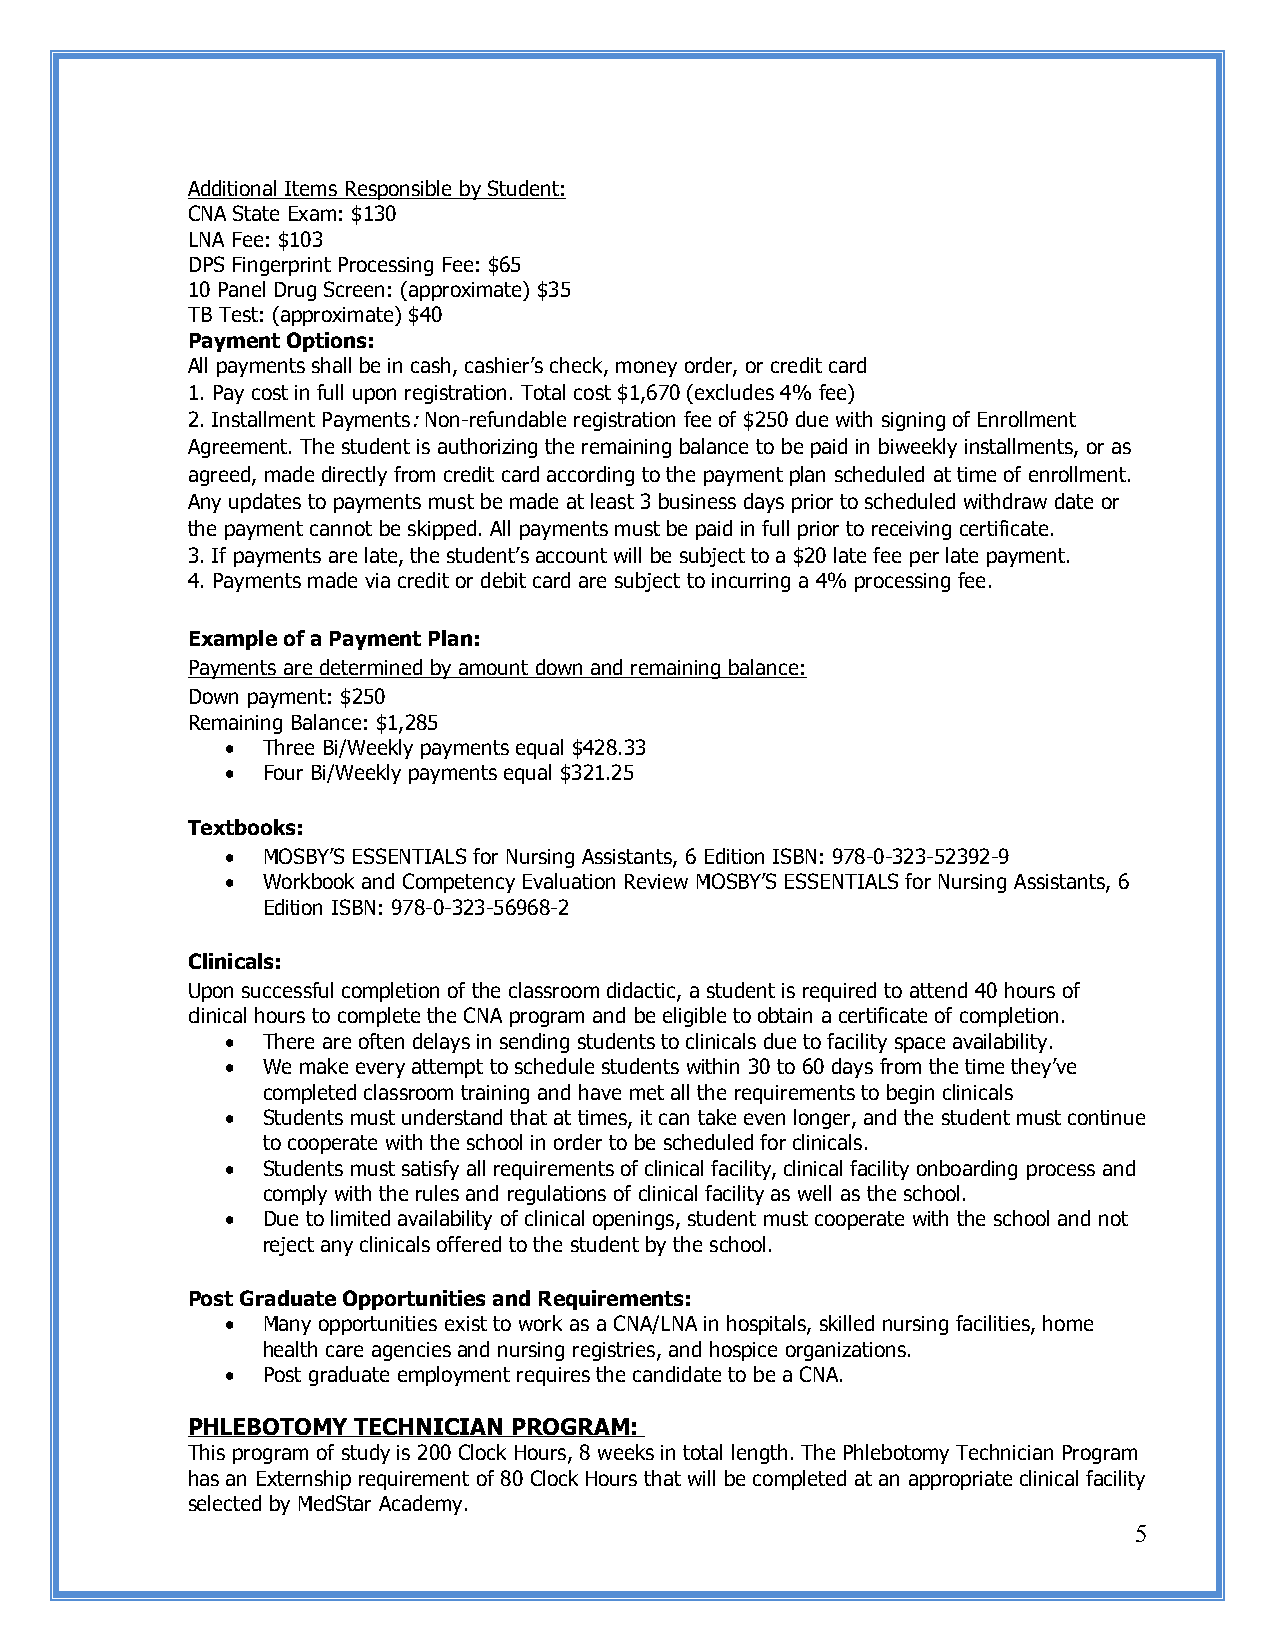
Additional Items Responsible by Student:
 CNA State Exam: $130
 LNA Fee: $103
 DPS Fingerprint Processing Fee: $65
 10 Panel Drug Screen: (approximate) $35
 TB Test: (approximate) $40
 Payment Options:
 All payments shall be in cash, cashier’s check, money order, or credit card
 1. Pay cost in full upon registration. Total cost $1,670 (excludes 4% fee)
 2. Installment Payments: Non-refundable registration fee of $250 due with signing of Enrollment
 Agreement. The student is authorizing the remaining balance to be paid in biweekly installments, or as
 agreed, made directly from credit card according to the payment plan scheduled at time of enrollment.
 Any updates to payments must be made at least 3 business days prior to scheduled withdraw date or
 the payment cannot be skipped. All payments must be paid in full prior to receiving certificate.
 3. If payments are late, the student’s account will be subject to a $20 late fee per late payment.
 4. Payments made via credit or debit card are subject to incurring a 4% processing fee.
 Example of a Payment Plan:
 Payments are determined by amount down and remaining balance:
 Down payment: $250
 Remaining Balance: $1,285
  Three Bi/Weekly payments equal $428.33
  Four Bi/Weekly payments equal $321.25
 Textbooks:
  MOSBY’S ESSENTIALS for Nursing Assistants, 6 Edition ISBN: 978-0-323-52392-9
  Workbook and Competency Evaluation Review MOSBY’S ESSENTIALS for Nursing Assistants, 6
 Edition ISBN: 978-0-323-56968-2
 Clinicals:
 Upon successful completion of the classroom didactic, a student is required to attend 40 hours of
 clinical hours to complete the CNA program and be eligible to obtain a certificate of completion.
  There are often delays in sending students to clinicals due to facility space availability.
  We make every attempt to schedule students within 30 to 60 days from the time they’ve
 completed classroom training and have met all the requirements to begin clinicals
  Students must understand that at times, it can take even longer, and the student must continue
 to cooperate with the school in order to be scheduled for clinicals.
  Students must satisfy all requirements of clinical facility, clinical facility onboarding process and
 comply with the rules and regulations of clinical facility as well as the school.
  Due to limited availability of clinical openings, student must cooperate with the school and not
 reject any clinicals offered to the student by the school.
 Post Graduate Opportunities and Requirements:
  Many opportunities exist to work as a CNA/LNA in hospitals, skilled nursing facilities, home
 health care agencies and nursing registries, and hospice organizations.
  Post graduate employment requires the candidate to be a CNA.
 PHLEBOTOMY TECHNICIAN PROGRAM:
 This program of study is 200 Clock Hours, 8 weeks in total length. The Phlebotomy Technician Program
 has an Externship requirement of 80 Clock Hours that will be completed at an appropriate clinical facility
 selected by MedStar Academy.
 5